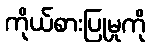
ကိုယ်စားပြုမှုကို